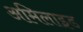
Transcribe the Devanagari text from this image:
अमिलाइड